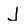
Character: J